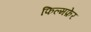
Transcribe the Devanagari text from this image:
फिल्मफ़ेर